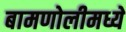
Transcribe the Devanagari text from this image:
बामणोलीमध्ये